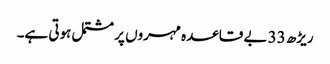
ریڑھ 33 بے قاعدہ مہروں پر مشتمل ہوتی ہے۔